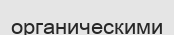
органическими